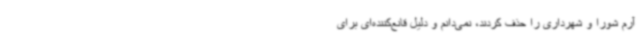
آرم شورا و شهرداری را حذف کردند، نمی‌دانم و دلیل قانع‌کننده‌ای برای